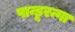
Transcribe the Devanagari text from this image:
पान्डूरन्गा